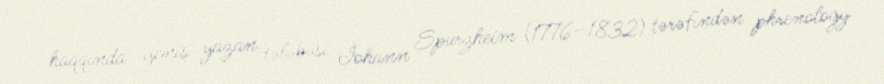
haqqında geniş yazan tələbəsi İohann Spurzheim (1776–1832) tərəfindən phrenology